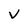
Character: v